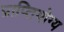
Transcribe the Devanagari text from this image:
प्राप्तियोग्य